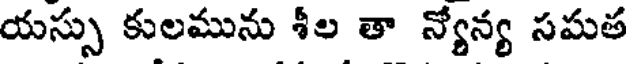
యస్సు కులమును శీల తా న్యోన్య సమత